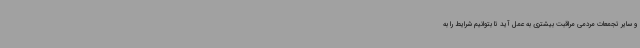
و سایر تجمعات مردمی مراقبت بیشتری به عمل آید تا بتوانیم شرایط را به